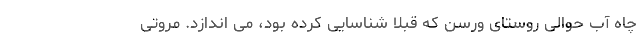
چاه آب حوالی روستای ورسن که قبلاً شناسایی کرده بود، می اندازد. مروتی